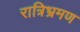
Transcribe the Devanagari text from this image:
रात्रिभ्रमण